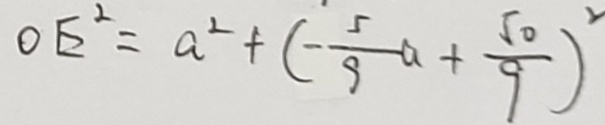
O E ^ { 2 } = a ^ { 2 } + ( - \frac { 5 } { 9 } a + \frac { 5 0 } { 9 } ) ^ { 2 }